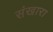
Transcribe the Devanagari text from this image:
संखारा